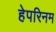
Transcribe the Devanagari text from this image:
हेपरिनम